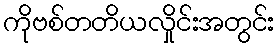
ကိုဗစ်တတိယလှိုင်းအတွင်း